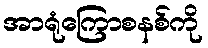
အာရုံကြောစနစ်ကို